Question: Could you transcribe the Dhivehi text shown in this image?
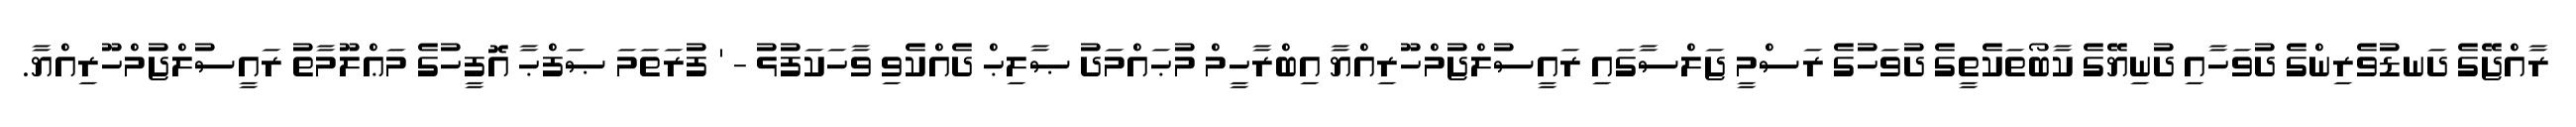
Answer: ރާއްޖޭގެ ދަނޑުވެރިންގެ ދުވަހާއި ދުނިޔޭގެ ކާބޯތަކެތީގެ ދުވަހުގެ ރަސްމީ ޖަލްސާގައި ރައީސުލްޖުމްހޫރިއްޔާ އިބްރާހީމް މުޙައްމަދު ޞާލިޙް ދެއްކެވި ވާހަކަފުޅު - ' ފުރަތަމަ ޞަފްޙާ އޮފީހުގެ މަޢްލޫމާތު ރައީސުލްޖުމްހޫރިއްޔާ.